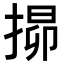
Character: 𭡧